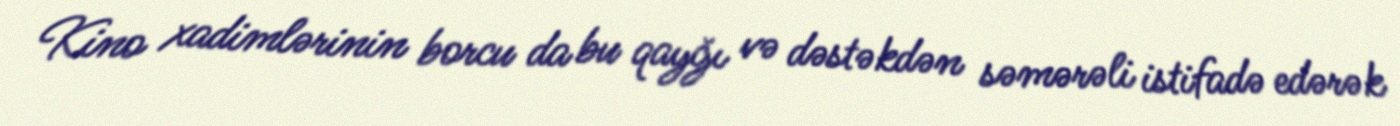
Kino xadimlərinin borcu da bu qayğı və dəstəkdən səmərəli istifadə edərək